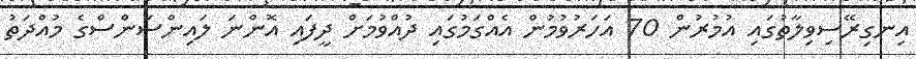
އިނގިރޭސިވިލާތުގައި އުމުރުން 70 އަހަރުވުމުން އެއްގަމުގައި ދުއްވުމަށް ދީފައި އޮންނަ ލައިންސަންސްގެ މުއްދަތު